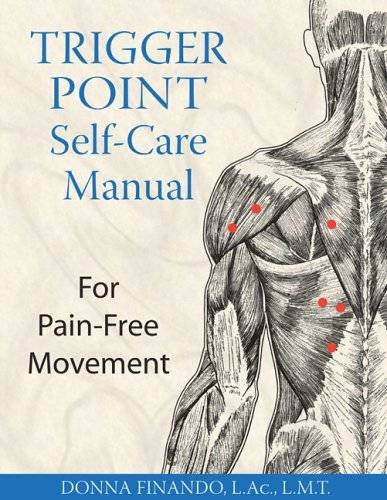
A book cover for Trigger Point Self-Care Manual: For Pain-Free Movement; Donna Finando L.Ac.  L.M.T.; Health, Fitness & Dieting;